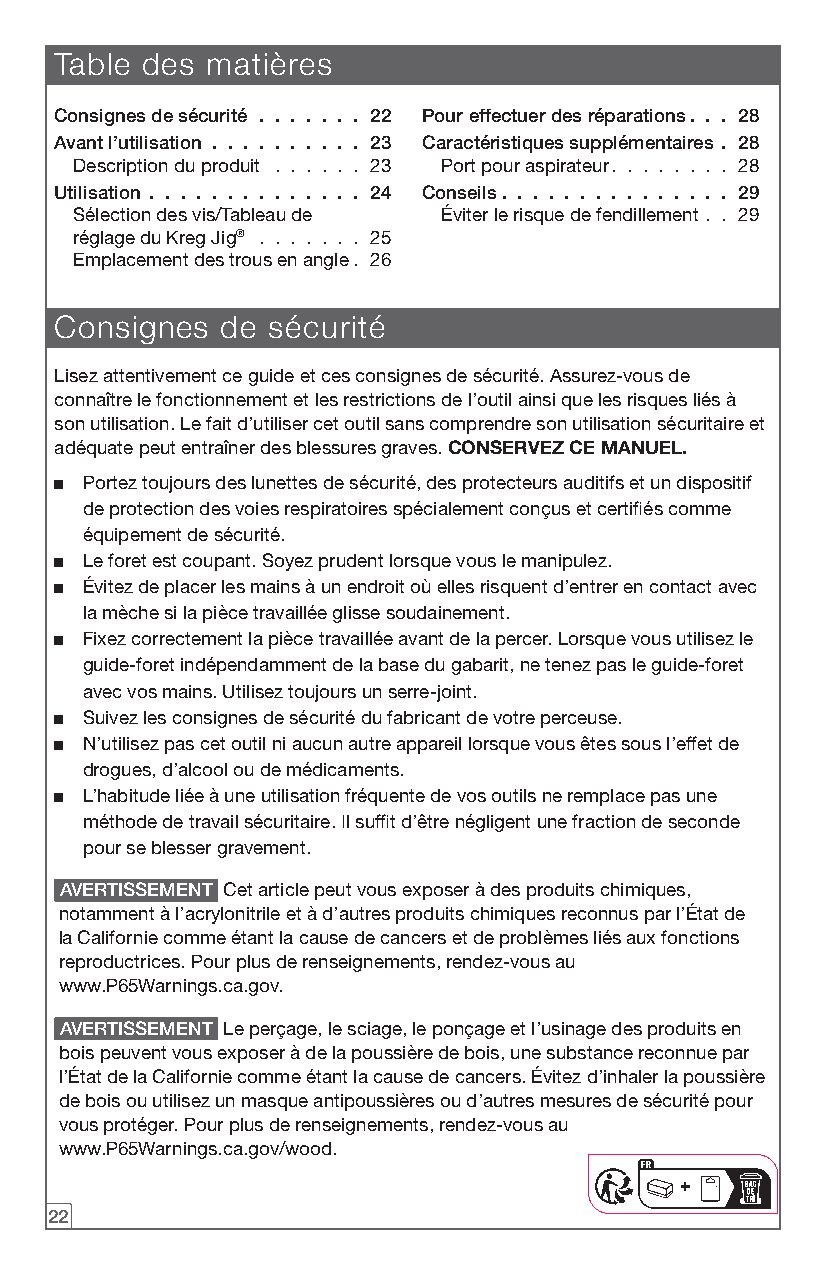
Table des matières
 Consignes de sécurité 22 Pour effectuer des réparations 28
 Avant l’utilisation 23  Caractéristiques supplémentaires 28
 Description du produit . . . . . . 23 Port pour aspirateur. . . . . . . . 28
 Utilisation         24  Conseils             29
 Sélection des vis/Tableau de Éviter le risque de fendillement . . 29
 réglage du Kreg Jig® . . . . . . . 25
 Emplacement des trous en angle. 26
 Consignes  de sécurité
 Lisez attentivement ce guide et ces consignes de sécurité. Assurez-vous de
 connaître le fonctionnement et les restrictions de l’outil ainsi que les risques liés à
 son utilisation. Le fait d’utiliser cet outil sans comprendre son utilisation sécuritaire et
 adéquate peut entraîner des blessures graves. CONSERVEZ CE MANUEL.
 ■ Portez toujours des lunettes de sécurité, des protecteurs auditifs et un dispositif
 de protection des voies respiratoires spécialement conçus et certifiés comme
 équipement de sécurité.
 ■ Le foret est coupant. Soyez prudent lorsque vous le manipulez.
 ■ Évitez de placer les mains à un endroit où elles risquent d’entrer en contact avec
 la mèche si la pièce travaillée glisse soudainement.
 ■ Fixez correctement la pièce travaillée avant de la percer. Lorsque vous utilisez le
 guide-foret indépendamment de la base du gabarit, ne tenez pas le guide-foret
 avec vos mains. Utilisez toujours un serre-joint.
 ■ Suivez les consignes de sécurité du fabricant de votre perceuse.
 ■ N’utilisez pas cet outil ni aucun autre appareil lorsque vous êtes sous l’effet de
 drogues, d’alcool ou de médicaments.
 ■ L’habitude liée à une utilisation fréquente de vos outils ne remplace pas une
 méthode de travail sécuritaire. Il suffit d’être négligent une fraction de seconde
 pour se blesser gravement.
 AVERTISSEMENT Cet article peut vous exposer à des produits chimiques,
 notamment à l’acrylonitrile et à d’autres produits chimiques reconnus par l’État de
 la Californie comme étant la cause de cancers et de problèmes liés aux fonctions
 reproductrices. Pour plus de renseignements, rendez-vous au
 www.P65Warnings.ca.gov.
 AVERTISSEMENT Le perçage, le sciage, le ponçage et l’usinage des produits en
 bois peuvent vous exposer à de la poussière de bois, une substance reconnue par
 l’État de la Californie comme étant la cause de cancers. Évitez d’inhaler la poussière
 de bois ou utilisez un masque antipoussières ou d’autres mesures de sécurité pour
 vous protéger. Pour plus de renseignements, rendez-vous au
 www.P65Warnings.ca.gov/wood.
 FR
 22